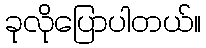
ခုလိုပြောပါတယ်။